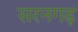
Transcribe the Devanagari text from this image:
सरनगढ़